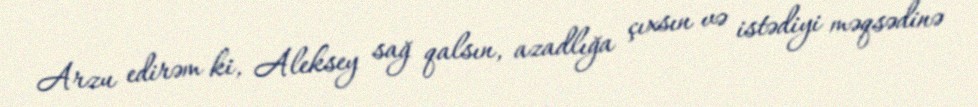
Arzu edirəm ki, Aleksey sağ qalsın, azadlığa çıxsın və istədiyi məqsədinə